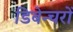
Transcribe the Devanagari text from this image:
डिबेन्‍चरों